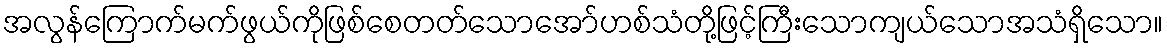
အလွန်ကြောက်မက်ဖွယ်ကိုဖြစ်စေတတ်သောအော်ဟစ်သံတို့ဖြင့်ကြီးသောကျယ်သောအသံရှိသော။